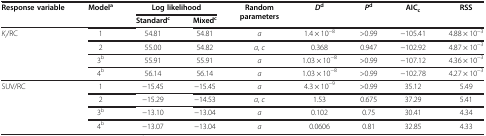
<table><thead><tr><td rowspan="2"><b>Response variable</b></td><td rowspan="2"><b>Model<sup>a</sup></b></td><td colspan="2"><b>Log likelihood</b></td><td rowspan="2"><b>Random parameters</b></td><td rowspan="2"><b><i>D</i><sup>d</sup></b></td><td rowspan="2"><b><i>P</i><sup>d</sup></b></td><td rowspan="2"><b>AIC<sub>c</sub></b></td><td rowspan="2"><b>RSS</b></td></tr><tr><td><b>Standard<sup>c</sup></b></td><td><b>Mixed<sup>c</sup></b></td></tr></thead><tbody><tr><td><i>K</i><sub><i>i</i></sub>/RC</td><td>1</td><td>54.81</td><td>54.81</td><td><i>a</i></td><td>1.4 × 10<sup>−8</sup></td><td>&gt;0.99</td><td>−105.41</td><td>4.88 × 10<sup>−3</sup></td></tr><tr><td> </td><td>2</td><td>55.00</td><td>54.82</td><td><i>a</i>, <i>c</i></td><td>0.368</td><td>0.947</td><td>−102.92</td><td>4.87 × 10<sup>−3</sup></td></tr><tr><td> </td><td>3<sup>b</sup></td><td>55.91</td><td>55.91</td><td><i>a</i></td><td>1.03 × 10<sup>−8</sup></td><td>&gt;0.99</td><td>−107.12</td><td>4.36 × 10<sup>−3</sup></td></tr><tr><td> </td><td>4<sup>b</sup></td><td>56.14</td><td>56.14</td><td><i>a</i></td><td>1.03 × 10<sup>−8</sup></td><td>&gt;0.99</td><td>−102.78</td><td>4.27 × 10<sup>−3</sup></td></tr><tr><td>SUV/RC</td><td>1</td><td>−15.45</td><td>−15.45</td><td><i>a</i></td><td>4.3 × 10<sup>−9</sup></td><td>&gt;0.99</td><td>35.12</td><td>5.49</td></tr><tr><td> </td><td>2</td><td>−15.29</td><td>−14.53</td><td><i>a</i>, <i>c</i></td><td>1.53</td><td>0.675</td><td>37.29</td><td>5.41</td></tr><tr><td> </td><td>3<sup>b</sup></td><td>−13.10</td><td>−13.04</td><td><i>a</i></td><td>0.102</td><td>0.75</td><td>30.41</td><td>4.34</td></tr><tr><td> </td><td>4<sup>b</sup></td><td>−13.07</td><td>−13.04</td><td><i>a</i></td><td>0.0606</td><td>0.81</td><td>32.85</td><td>4.33</td></tr></tbody></table>